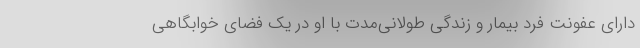
دارای عفونت فرد بیمار و زندگی طولانی‌مدت با او در یک فضای خوابگاهی